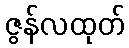
ဇွန်လထုတ်